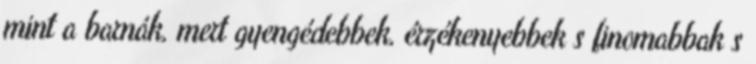
mint a barnák, mert gyengédebbek, érzékenyebbek s finomabbak s